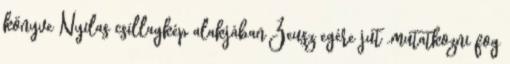
könyve Nyilas csillagkép alakjában Zeusz egére jut „mutatkozni fog